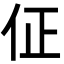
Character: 佂